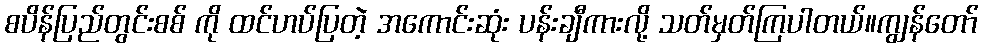
စပိန်ပြည်တွင်းစစ် ကို ထင်ဟပ်ပြတဲ့ အကောင်းဆုံး ပန်းချီကားလို့ သတ်မှတ်ကြပါတယ်။ကျွန်တော်